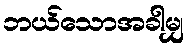
ဘယ်သောအခါမျှ